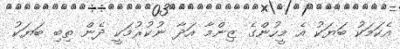
އެކަމަކު ބަޔަކު އެ މީހުންގެ ޒިންމާ އަދާ ނުކުރުމަކީ ދެން ތިބި ބަޔަކު